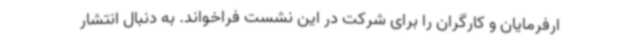
ارفرمایان و کارگران را برای شرکت در این نشست فراخواند. به دنبال انتشار